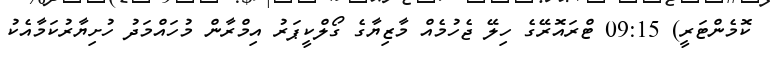
ކޮމެންޓަރީ) 09:15 ޓްރައޮރޭގެ ހިލޭ ޖެހުމެއް މާޒިޔާގެ ގޯލްކީޕަރު އިމްރާން މުހައްމަދު ހުށިޔާރުކަމާއެކު